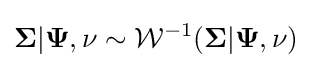
{\boldsymbol {\Sigma }}|{\boldsymbol {\Psi }},\nu \sim {\mathcal {W}}^{-1}({\boldsymbol {\Sigma }}|{\boldsymbol {\Psi }},\nu )